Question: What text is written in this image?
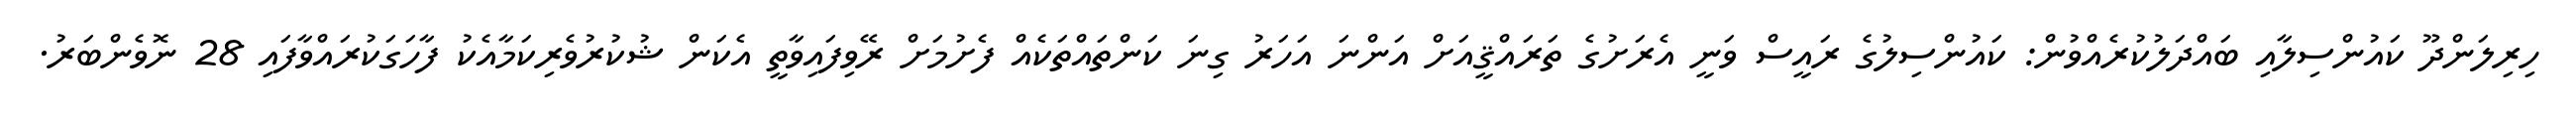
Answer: ހިރިލަންދޫ ކައުންސިލާއި ބައްދަލުކުރެއްވުން: ކައުންސިލުގެ ރައީސް ވަނީ އެރަށުގެ ތަރައްޤީއަށް އަންނަ އަހަރު ގިނަ ކަންތައްތަކެއް ފެށުމަށް ރޭވިފައިވާތީ އެކަން ޝުކުރުވެރިކަމާއެކު ފާހަގަކުރައްވާފައި 28 ނޮވެންބަރު.